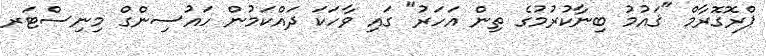
ޕްރޮގޮރާމް "ޤައުމު ބިނާކުރުމުގެ ތިން އަހަރު" ގައި ވާހަކަ ދައްކަމުން ހައުސިންގް މިނިސްޓަރ